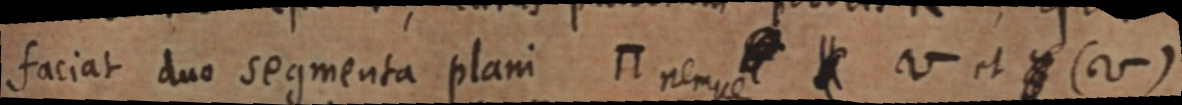
faciat duo segmenta П plani nempe _ V et _ (V)